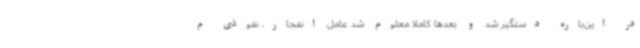
در این‌باره دستگیر شد و بعدها کاملا معلوم شد عامل انفجار، نفوذی م